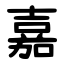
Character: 嘉